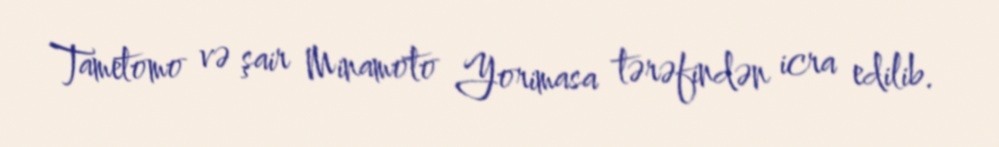
Tametomo və şair Minamoto Yorimasa tərəfindən icra edilib.